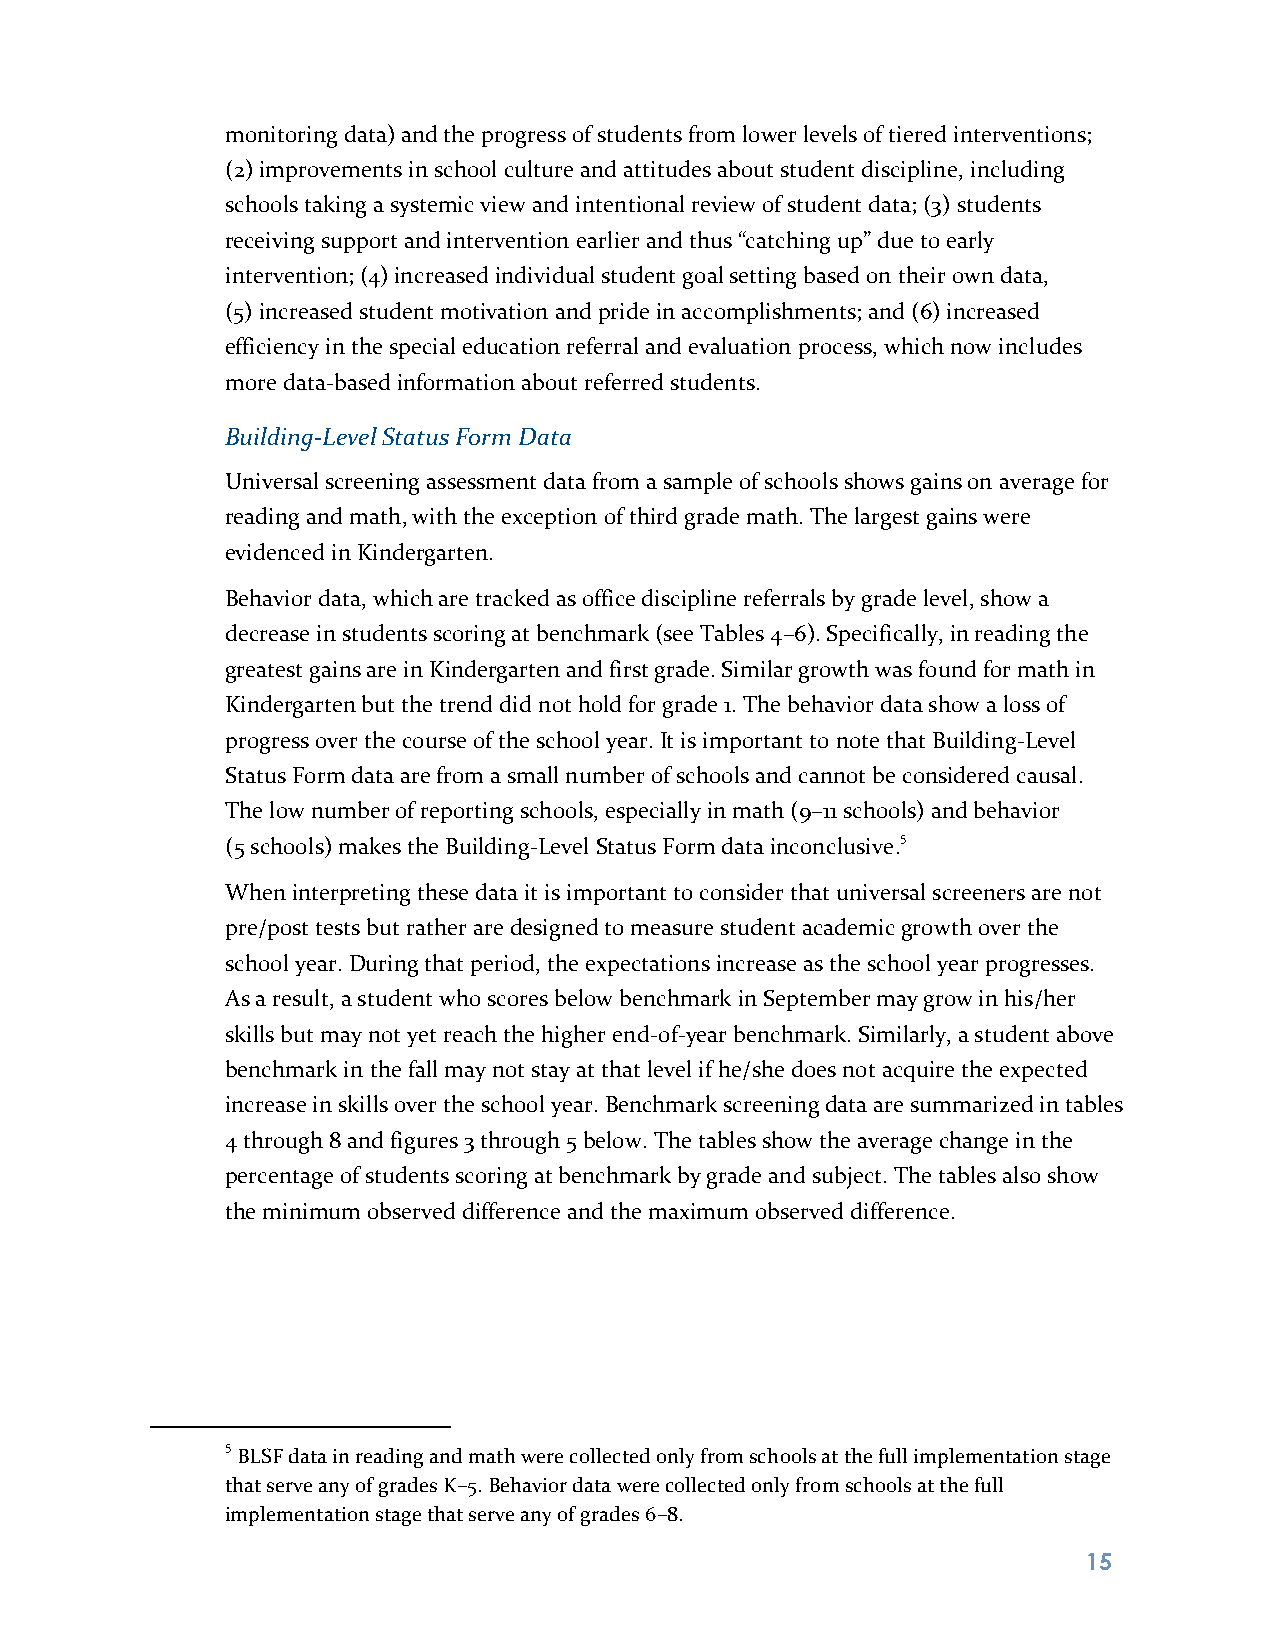
monitoring data) and the progress of students from lower levels of tiered interventions;
 (2) improvements in school culture and attitudes about student discipline, including
 schools taking a systemic view and intentional review of student data; (3) students
 receiving support and intervention earlier and thus “catching up” due to early
 intervention; (4) increased individual student goal setting based on their own data,
 (5) increased student motivation and pride in accomplishments; and (6) increased
 efficiency in the special education referral and evaluation process, which now includes
 more data-based information about referred students.
 Building-Level Status Form Data
 Universal screening assessment data from a sample of schools shows gains on average for
 reading and math, with the exception of third grade math. The largest gains were
 evidenced in Kindergarten.
 Behavior data, which are tracked as office discipline referrals by grade level, show a
 decrease in students scoring at benchmark (see Tables 4–6). Specifically, in reading the
 greatest gains are in Kindergarten and first grade. Similar growth was found for math in
 Kindergarten but the trend did not hold for grade 1. The behavior data show a loss of
 progress over the course of the school year. It is important to note that Building-Level
 Status Form data are from a small number of schools and cannot be considered causal.
 The low number of reporting schools, especially in math (9–11 schools) and behavior
 (5 schools) makes the Building-Level Status Form data inconclusive.5
 When interpreting these data it is important to consider that universal screeners are not
 pre/post tests but rather are designed to measure student academic growth over the
 school year. During that period, the expectations increase as the school year progresses.
 As a result, a student who scores below benchmark in September may grow in his/her
 skills but may not yet reach the higher end-of-year benchmark. Similarly, a student above
 benchmark in the fall may not stay at that level if he/she does not acquire the expected
 increase in skills over the school year. Benchmark screening data are summarized in tables
 4 through 8 and figures 3 through 5 below. The tables show the average change in the
 percentage of students scoring at benchmark by grade and subject. The tables also show
 the minimum observed difference and the maximum observed difference.
 5 BLSF data in reading and math were collected only from schools at the full implementation stage
 that serve any of grades K–5. Behavior data were collected only from schools at the full
 implementation stage that serve any of grades 6–8.
 1 5